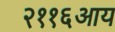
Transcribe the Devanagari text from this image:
२११६आय